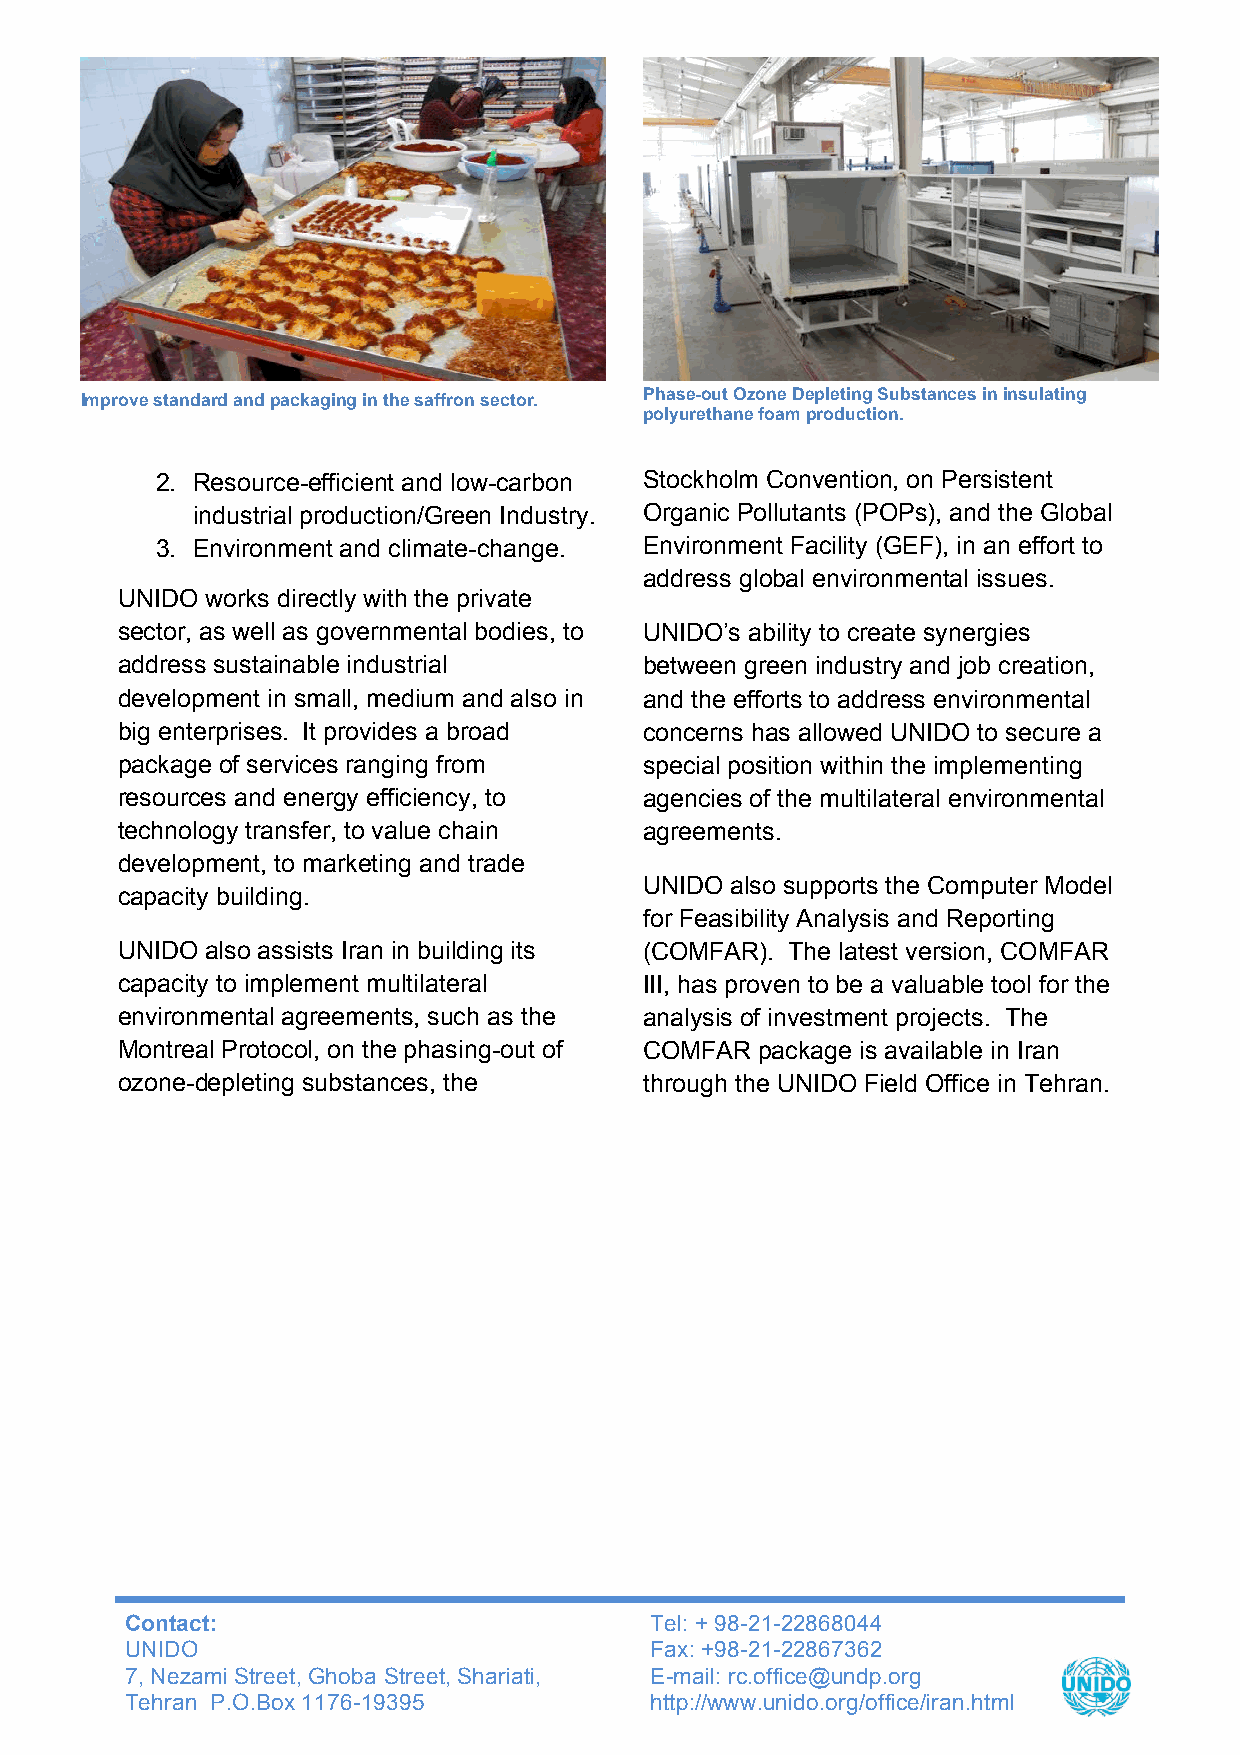
Improve s tandard and packaging in the saffron sector.
 Phase-out Ozone Depleting Substances in insulating
 polyurethane foam production.
 2. Resource-efficient and low-carbon Stockholm Convention, on Persistent
 industrial production/Green Industry. Organic Pollutants (POPs), and the Global
 3. Environment and climate-change. Environment Facility (GEF), in an effort to
 address global environmental issues.
 UNIDO works directly with the private
 sector, as well as governmental bodies, to UNIDO’s ability to create synergies
 address sustainable industrial     between green industry and job creation,
 development in small, medium and also in and the efforts to address environmental
 big enterprises. It provides a broad concerns has allowed UNIDO to secure a
 package of services ranging from   special position within the implementing
 resources and energy efficiency, to agencies of the multilateral environmental
 technology transfer, to value chain agreements.
 development, to marketing and trade
 UNIDO also supports the Computer Model
 capacity building.
 for Feasibility Analysis and Reporting
 UNIDO also assists Iran in building its (COMFAR). The latest version, COMFAR
 capacity to implement multilateral III, has proven to be a valuable tool for the
 environmental agreements, such as the analysis of investment projects. The
 Montreal Protocol, on the phasing-out of COMFAR package is available in Iran
 ozone-depleting substances, the    through the UNIDO Field Office in Tehran.
 Contact:                           Tel: + 98-21-22868044
 UNIDO                              Fax: +98-21-22867362
 7, Nezami Street, Ghoba Street, Shariati, E-mail: rc.office@undp.org
 Tehran P.O.Box 1176-19395          http://www.unido.org/office/iran.html